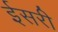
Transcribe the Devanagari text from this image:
ईसरी